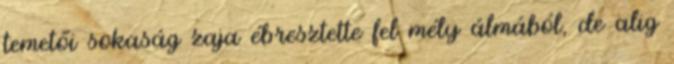
temetői sokaság zaja ébresztette fel mély álmából, de alig